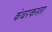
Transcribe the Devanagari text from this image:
कंबरकस्ता